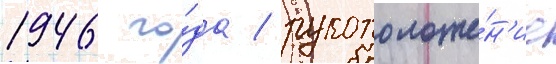
1946 го́да / рукоположе́н'ие